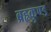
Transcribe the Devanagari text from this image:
ब्रहृकुण्ड